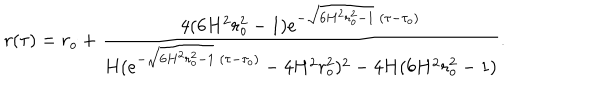
r ( \tau ) = r _ { o } + \frac { 4 ( 6 H ^ { 2 } r _ { o } ^ { 2 } - 1 ) e ^ { - \sqrt { 6 H ^ { 2 } r _ { o } ^ { 2 } - 1 } \; ( \tau - \tau _ { o } ) } } { H ( e ^ { - \sqrt { 6 H ^ { 2 } r _ { o } ^ { 2 } - 1 } \; ( \tau - \tau _ { o } ) } - 4 H ^ { 2 } r _ { o } ^ { 2 } ) ^ { 2 } - 4 H ( 6 H ^ { 2 } r _ { o } ^ { 2 } - 1 ) } .